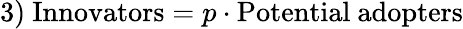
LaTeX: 3)\ {\mathrm{Innovators}}=p\cdot{\mathrm{Potential~adopters}}